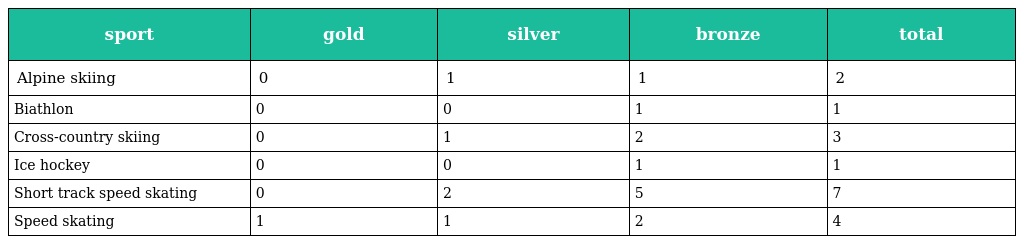
| sport | gold | silver | bronze | total |
 | --- | --- | --- | --- | --- |
 | Alpine skiing | 0 | 1 | 1 | 2 |
 | Biathlon | 0 | 0 | 1 | 1 |
 | Cross-country skiing | 0 | 1 | 2 | 3 |
 | Ice hockey | 0 | 0 | 1 | 1 |
 | Short track speed skating | 0 | 2 | 5 | 7 |
 | Speed skating | 1 | 1 | 2 | 4 |